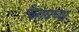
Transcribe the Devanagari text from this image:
चिरायच्या